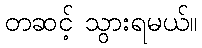
တဆင့် သွားရမယ်။